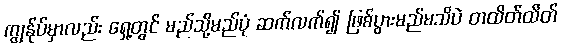
ကျွန်ုပ်မှာလည်း ရှေ့တွင် မည်သို့မည်ပုံ ဆက်လက်၍ ဖြစ်ပွားမည်မသိပဲ တထိတ်ထိတ်